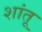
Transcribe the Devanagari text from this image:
शांतू